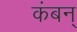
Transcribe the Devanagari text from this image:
कंबन्